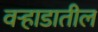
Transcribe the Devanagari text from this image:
वऱ्हाडातील